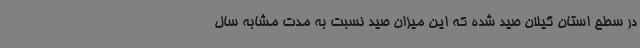
در سطح استان گیلان صید شده که این میزان صید نسبت به مدت مشابه سال